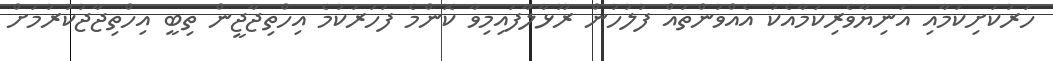
ހަރުކަށިކަމާއި އަނިޔާވެރިކަމާއެކު އެއްވުންތައް ފުލުހުން ރޫޅާލާފައިމިވާ ކޮންމެ ފަހަރަކުމެ އިހްތިޖާޖީން ތިބީ އިހްތިޖާޖުކުރުމަށް